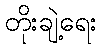
တိုးချဲ့ရေး